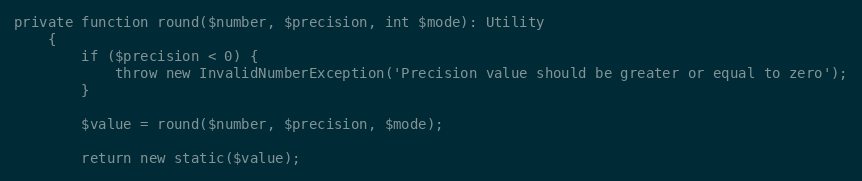
Language: PHP
private function round($number, $precision, int $mode): Utility
    {
        if ($precision < 0) {
            throw new InvalidNumberException('Precision value should be greater or equal to zero');
        }

        $value = round($number, $precision, $mode);

        return new static($value);